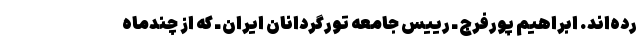
رده‌اند. ابراهیم پورفرج ـ رییس جامعه تورگردانان ایران ـ که از چندماه